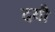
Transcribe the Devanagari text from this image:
दयौ